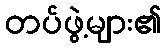
တပ်ဖွဲ့များ၏